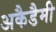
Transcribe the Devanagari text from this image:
अकैडैमी